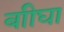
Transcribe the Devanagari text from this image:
बाीघा